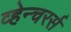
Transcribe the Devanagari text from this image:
व्हेन्चरर्स